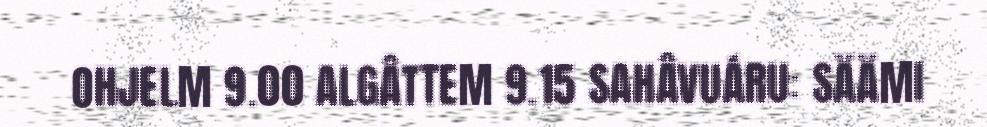
OHJELM 9.00 ALGÂTTEM 9.15 SAHÂVUÁRU: SÄÄMI